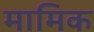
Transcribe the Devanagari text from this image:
मामिक